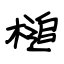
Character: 槌